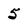
Character: 5